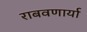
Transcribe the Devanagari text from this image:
राबवणार्या